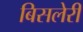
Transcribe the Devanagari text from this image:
बिसलेरी